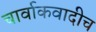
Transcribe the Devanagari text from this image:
चार्वाकवादीच